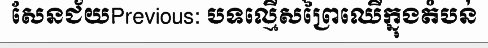
សែនជ័យPrevious: បទល្មើសព្រៃឈើក្នុងតំបន់